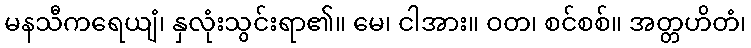
မနသီကရေယျံ၊ နှလုံးသွင်းရာ၏။ မေ၊ ငါအား။ ဝတ၊ စင်စစ်။ အတ္တဟိတံ၊